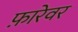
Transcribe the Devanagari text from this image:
फ़ारेवर